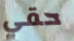
حقي